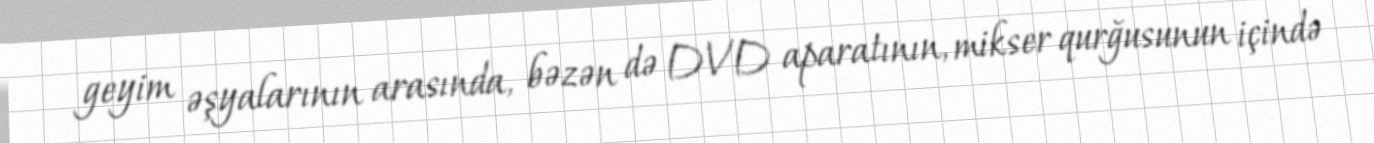
geyim əşyalarının arasında, bəzən də DVD aparatının, mikser qurğusunun içində